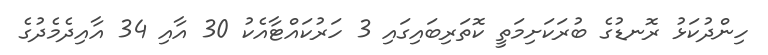
ހިންދުކަޅު ރޮނޑުގެ ބުރަކަށިމަތީ ކޮތަރިބައިގައި 3 ހަރުކައްޓާއެކު 30 އާއި 34 އާއިދެމެދުގެ